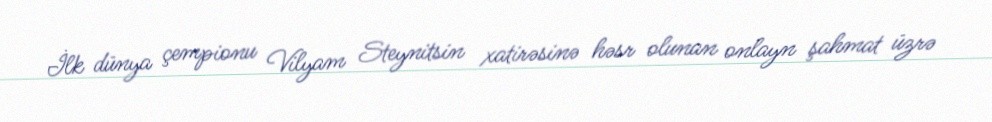
İlk dünya çempionu Vilyam Steynitsin xatirəsinə həsr olunan onlayn şahmat üzrə